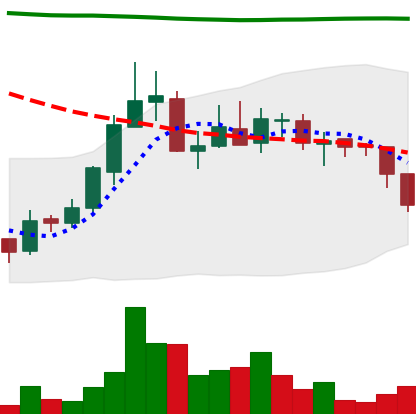
Ticker: ADA-USD
Chart end date: 2018-07-31
Forward return: -8.078%
Label: down_7plus